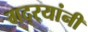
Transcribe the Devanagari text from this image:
गद्र्‍यांनी